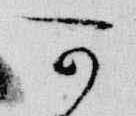
可